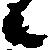
候